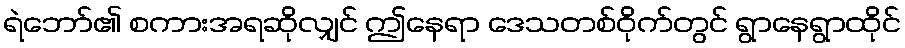
ရဲဘော်၏ စကားအရဆိုလျှင် ဤနေရာ ဒေသတစ်ဝိုက်တွင် ရွာနေရွာထိုင်